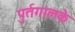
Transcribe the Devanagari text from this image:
पुर्तगालके